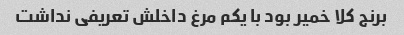
برنج کلا خمیر بود با یکم مرغ داخلش تعریفی نداشت